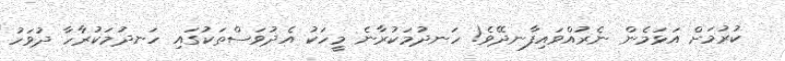
ކުރުމަށް އަޅަމެން ނެރުއްވައިފާނދޭވެ! ހަނދުމަކުރާނެ މީހަކު އެދުވަސްތަކުގައި ހަނދުމަކުރާހާ ދުވަހު